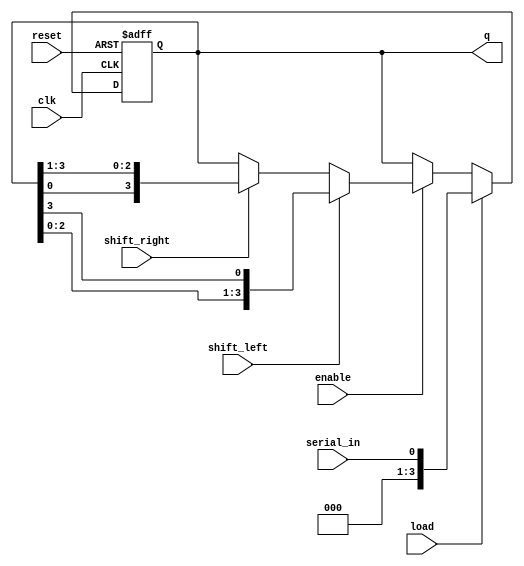
module Universal_Shift_Register (
  input wire clk,        // Clock input
  input wire reset,      // Reset input
  input wire load,       // Load input
  input wire shift_left, // Shift left input
  input wire shift_right, // Shift right input
  input wire serial_in,  // Serial input
  input wire enable,     // Enable input
  output wire [3:0] q    // 4-bit output
);

  reg [3:0] data_reg;

  always @(posedge clk or posedge reset) begin
    if (reset) begin
      data_reg <= 4'b0000; // Reset to all zeros
    end else if (load) begin
      data_reg <= serial_in; // Load parallel data
    end else if (enable) begin
      if (shift_left) begin
        data_reg <= {data_reg[2:0], data_reg[3]}; // Shift left
      end else if (shift_right) begin
        data_reg <= {data_reg[0], data_reg[3:1]}; // Shift right
      end
    end
  end

  assign q = data_reg;

endmodule